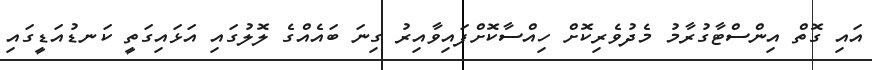
އައި ގޮތް އިންސްޓާގުރާމު މެދުވެރިކޮށް ހިއްސާކޮށްފައިވާއިރު ގިނަ ބައެއްގެ ލޮލުގައި އަޅައިގަތީ ކަނޑުއަޑީގައި